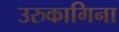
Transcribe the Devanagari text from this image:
उरुकागिना